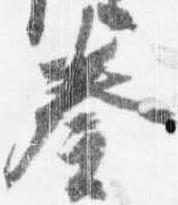
奏